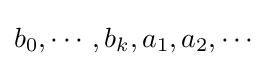
b_{0},\cdots ,b_{k},a_{1},a_{2},\cdots